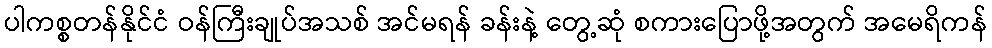
ပါကစ္စတန်နိုင်ငံ ဝန်ကြီးချုပ်အသစ် အင်မရန် ခန်းနဲ့ တွေ့ဆုံ စကားပြောဖို့အတွက် အမေရိကန်